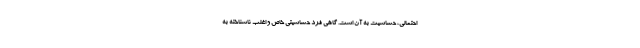
احتمالی، حساسیت به آن است. گاهی فرد حساسیتی خاص و اغلب ناشناخته به